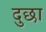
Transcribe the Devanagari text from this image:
दुछा